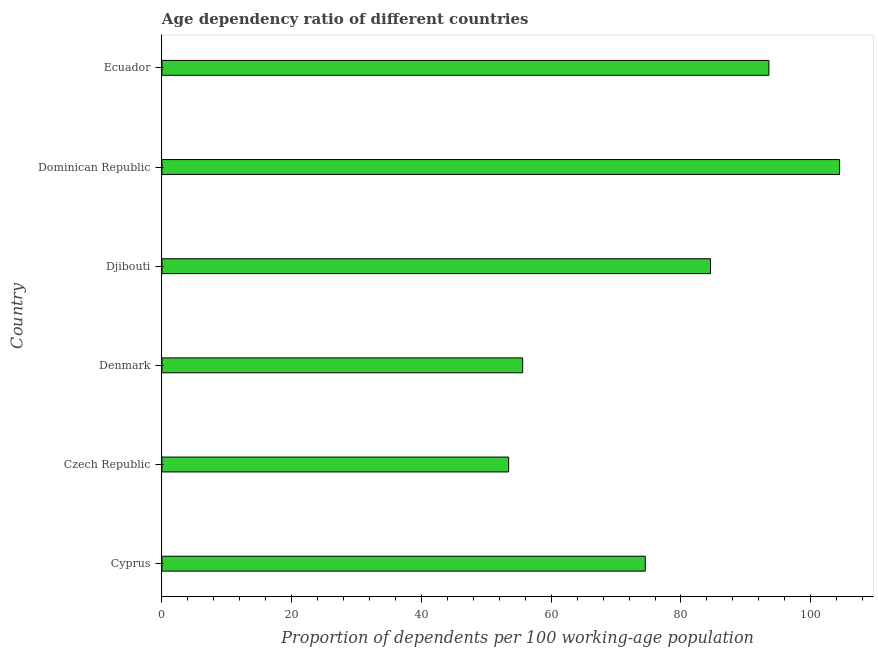
| Country | Age dependency ratio (% of working-age population) |
 | --- | --- |
 | Cyprus | 74.5 |
 | Czech Republic | 53.4 |
 | Denmark | 55.6 |
 | Djibouti | 84.5 |
 | Dominican Republic | 104 |
 | Ecuador | 93.6 |